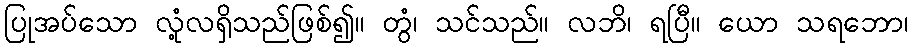
ပြုအပ်သော လုံ့လရှိသည်ဖြစ်၍။ တွံ၊ သင်သည်။ လဘိ၊ ရပြီ။ ယော သရဘော၊